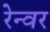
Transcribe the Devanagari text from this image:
रेन्वर